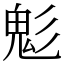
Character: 鬽